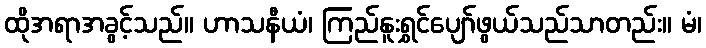
ထိုအရာအခွင့်သည်။ ဟာသနီယံ၊ ကြည်နူးရွှင်ပျော်ဖွယ်သည်သာတည်း။ မံ၊